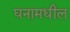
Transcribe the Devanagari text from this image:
घनामधील